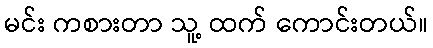
မင်း ကစားတာ သူ့ ထက် ကောင်းတယ်။